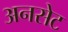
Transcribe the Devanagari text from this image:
अनसेट